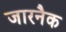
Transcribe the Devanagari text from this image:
जारनैक